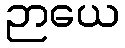
ဉာယေ